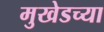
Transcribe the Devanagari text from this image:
मुखेडच्या